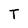
Character: T